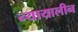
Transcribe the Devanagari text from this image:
न्यायालीन